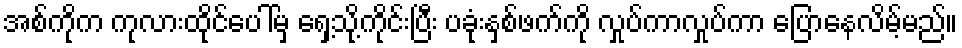
အစ်ကိုက ကုလားထိုင်ပေါ်မှ ရှေ့သို့ကိုင်းပြီး ပခုံးနှစ်ဖက်ကို လှုပ်ကာလှုပ်ကာ ပြောနေလိမ့်မည်။